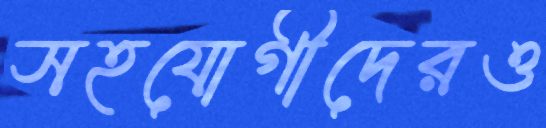
সহযোগীদেরও